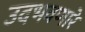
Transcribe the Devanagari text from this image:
उदभवणारे